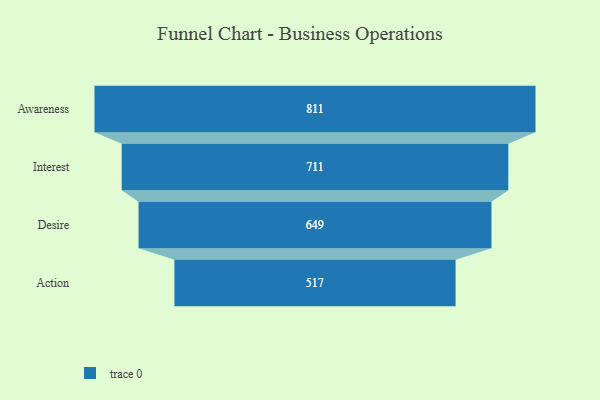
{"axis": {"x": "Stage", "y": "Value"}, "legend": [""], "data": [{"x": "Awareness", "y": 811.0, "type": ""}, {"x": "Interest", "y": 711.0, "type": ""}, {"x": "Desire", "y": 649.0, "type": ""}, {"x": "Action", "y": 517.0, "type": ""}]}